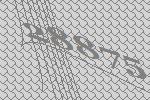
28875